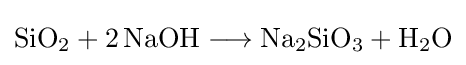
{\mathrm {SiO} {\vphantom {A}}_{\smash[{t}]{2}}{}+{}2\,\mathrm {NaOH} {}\mathrel {\longrightarrow } {}\mathrm {Na} {\vphantom {A}}_{\smash[{t}]{2}}\mathrm {SiO} {\vphantom {A}}_{\smash[{t}]{3}}{}+{}\mathrm {H} {\vphantom {A}}_{\smash[{t}]{2}}\mathrm {O} }